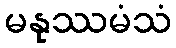
မနုဿမံသံ